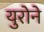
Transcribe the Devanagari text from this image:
युरोने